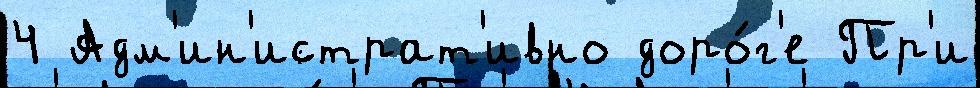
4 Адм'ин'истрат'ивно доро́г'е Пр'и